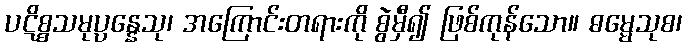
ပဋိစ္စသမုပ္ပန္နေသု၊ အကြောင်းတရားကို စွဲမှီ၍ ဖြစ်ကုန်သော။ ဓမ္မေသုစ၊